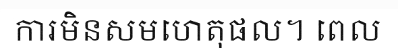
ការមិនសមហេតុផល។ ពេល